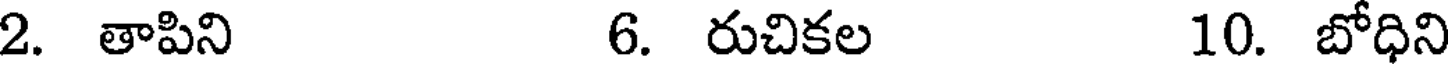
2. తాపిని 6. రుచికల 10. బోధిని